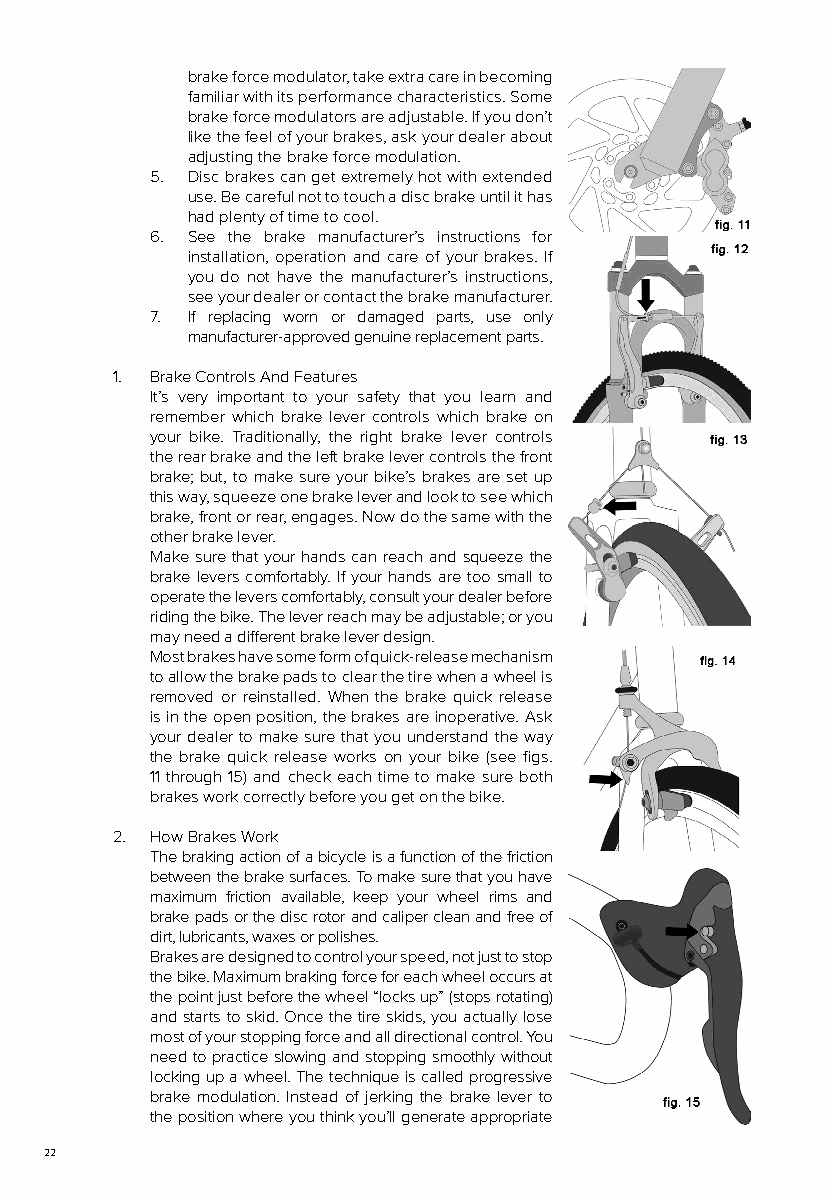
brake force modulator, take extra care in becoming
 familiar with its performance characteristics. Some
 brake force modulators are adjustable. If you don’t
 like the feel of your brakes, ask your dealer about
 adjusting the brake force modulation.
 5. Disc brakes can get extremely hot with extended
 use. Be careful not to touch a disc brake until it has
 had plenty of time to cool.
 6. See the brake manufacturer’s instructions for
 installation, operation and care of your brakes. If
 you do not have the manufacturer’s instructions,
 see your dealer or contact the brake manufacturer.
 7. If replacing worn or damaged parts, use only
 manufacturer-approved genuine replacement parts.
 1. Brake Controls And Features
 It’s very important to your safety that you learn and
 remember which brake lever controls which brake on
 your bike. Traditionally, the right brake lever controls
 the rear brake and the left brake lever controls the front
 brake; but, to make sure your bike’s brakes are set up
 this way, squeeze one brake lever and look to see which
 brake, front or rear, engages. Now do the same with the
 other brake lever.
 Make sure that your hands can reach and squeeze the
 brake levers comfortably. If your hands are too small to
 operate the levers comfortably, consult your dealer before
 riding the bike. The lever reach may be adjustable; or you
 may need a different brake lever design.
 Most brakes have some form of quick-release mechanism
 to allow the brake pads to clear the tire when a wheel is
 removed or reinstalled. When the brake quick release
 is in the open position, the brakes are inoperative. Ask
 your dealer to make sure that you understand the way
 the brake quick release works on your bike (see figs.
 11 through 15) and check each time to make sure both
 brakes work correctly before you get on the bike.
 2. How Brakes Work
 The braking action of a bicycle is a function of the friction
 between the brake surfaces. To make sure that you have
 maximum friction available, keep your wheel rims and
 brake pads or the disc rotor and caliper clean and free of
 dirt, lubricants, waxes or polishes.
 Brakes are designed to control your speed, not just to stop
 the bike. Maximum braking force for each wheel occurs at
 the point just before the wheel “locks up” (stops rotating)
 and starts to skid. Once the tire skids, you actually lose
 most of your stopping force and all directional control. You
 need to practice slowing and stopping smoothly without
 locking up a wheel. The technique is called progressive
 brake modulation. Instead of jerking the brake lever to
 the position where you think you’ll generate appropriate
 22